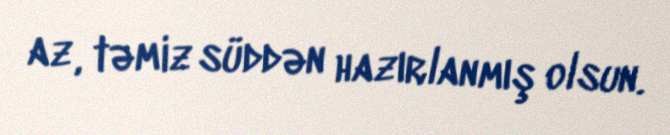
az, təmiz süddən hazırlanmış olsun.